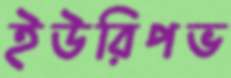
ইউরিপভ